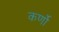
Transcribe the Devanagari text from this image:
कर्णो